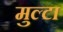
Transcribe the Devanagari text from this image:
मुल्टा